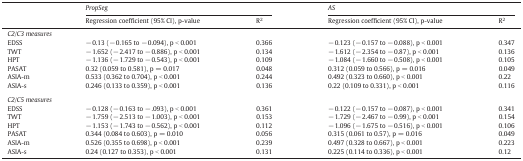
<table><thead><tr><td></td><td colspan="2"><b><i>PropSeg</i></b></td><td colspan="2"><b><i>AS</i></b></td></tr><tr><td><b>Regression coefficient (95% CI), p-value</b></td><td><b>R<sup>2</sup></b></td><td><b>Regression coefficient (95% CI), p-value</b></td><td><b>R<sup>2</sup></b></td></tr></thead><tbody><tr><td colspan="5"><i>C2/C3 measures</i></td></tr><tr><td>EDSS</td><td>− 0.13 (− 0.165 to − 0.094), p &lt; 0.001</td><td>0.366</td><td>− 0.123 (− 0.157 to − 0.088), p &lt; 0.001</td><td>0.347</td></tr><tr><td>TWT</td><td>− 1.652 (− 2.417 to − 0.886), p &lt; 0.001</td><td>0.134</td><td>− 1.612 (− 2.354 to − 0.87), p &lt; 0.001</td><td>0.136</td></tr><tr><td>HPT</td><td>− 1.136 (− 1.729 to − 0.543), p &lt; 0.001</td><td>0.109</td><td>− 1.084 (− 1.660 to − 0.508), p &lt; 0.001</td><td>0.105</td></tr><tr><td>PASAT</td><td>0.32 (0.059 to 0.581), p = 0.017</td><td>0.048</td><td>0.312 (0.059 to 0.566), p = 0.016</td><td>0.049</td></tr><tr><td>ASIA-m</td><td>0.533 (0.362 to 0.704), p &lt; 0.001</td><td>0.244</td><td>0.492 (0.323 to 0.660), p &lt; 0.001</td><td>0.22</td></tr><tr><td>ASIA-s</td><td>0.246 (0.133 to 0.359), p &lt; 0.001</td><td>0.136</td><td>0.22 (0.109 to 0.331), p &lt; 0.001</td><td>0.116</td></tr><tr><td colspan="5">  </td></tr><tr><td colspan="5"><i>C2/C5 measures</i></td></tr><tr><td>EDSS</td><td>− 0.128 (− 0.163 to − .093), p &lt; 0.001</td><td>0.361</td><td>− 0.122 (− 0.157 to − 0.087), p &lt; 0.001</td><td>0.341</td></tr><tr><td>TWT</td><td>− 1.759 (− 2.513 to − 1.003), p &lt; 0.001</td><td>0.153</td><td>− 1.729 (− 2.467 to − 0.99), p &lt; 0.001</td><td>0.154</td></tr><tr><td>HPT</td><td>− 1.153 (− 1.743 to − 0.562), p &lt; 0.001</td><td>0.112</td><td>− 1.096 (− 1.675 to − 0.516), p &lt; 0.001</td><td>0.106</td></tr><tr><td>PASAT</td><td>0.344 (0.084 to 0.603), p = 0.010</td><td>0.056</td><td>0.315 (0.061 to 0.57), p = 0.016</td><td>0.049</td></tr><tr><td>ASIA-m</td><td>0.526 (0.355 to 0.698), p &lt; 0.001</td><td>0.239</td><td>0.497 (0.328 to 0.667), p &lt; 0.001</td><td>0.223</td></tr><tr><td>ASIA-s</td><td>0.24 (0.127 to 0.353), p &lt; 0.001</td><td>0.131</td><td>0.225 (0.114 to 0.336), p &lt; 0.001</td><td>0.12</td></tr></tbody></table>